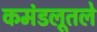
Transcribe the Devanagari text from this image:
कमंडलूतले